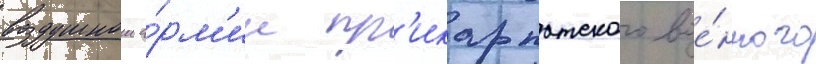
воздушнои а́рм'ии пр'икарпатского вое́нного